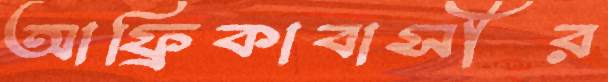
আফ্রিকাবাসীর